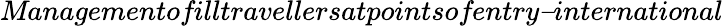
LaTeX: \textit{Managementofilltravellersatpointsofentry–international}